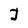
Character: J